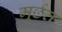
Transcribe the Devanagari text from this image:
मूर्छत